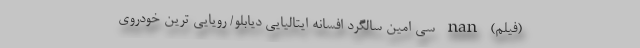
(فیلم) nan سی امین سالگرد افسانه ایتالیایی دیابلو/ رویایی ترین خودروی